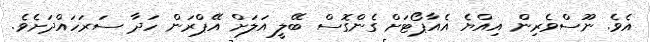
އެވެ. ނޫސްވެރިން އިއްޔެ އެއާޕޯޓަށް ގެންގޮސް ބޭލީ އަލަށް އޭޕްރަން ހަދާ ސަރަހައްދަށެވެ.